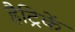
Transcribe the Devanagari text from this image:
हैट्रिकें